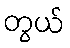
တွယ်